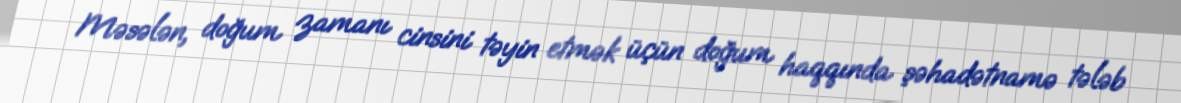
Məsələn, doğum zamanı cinsini təyin etmək üçün doğum haqqında şəhadətnamə tələb